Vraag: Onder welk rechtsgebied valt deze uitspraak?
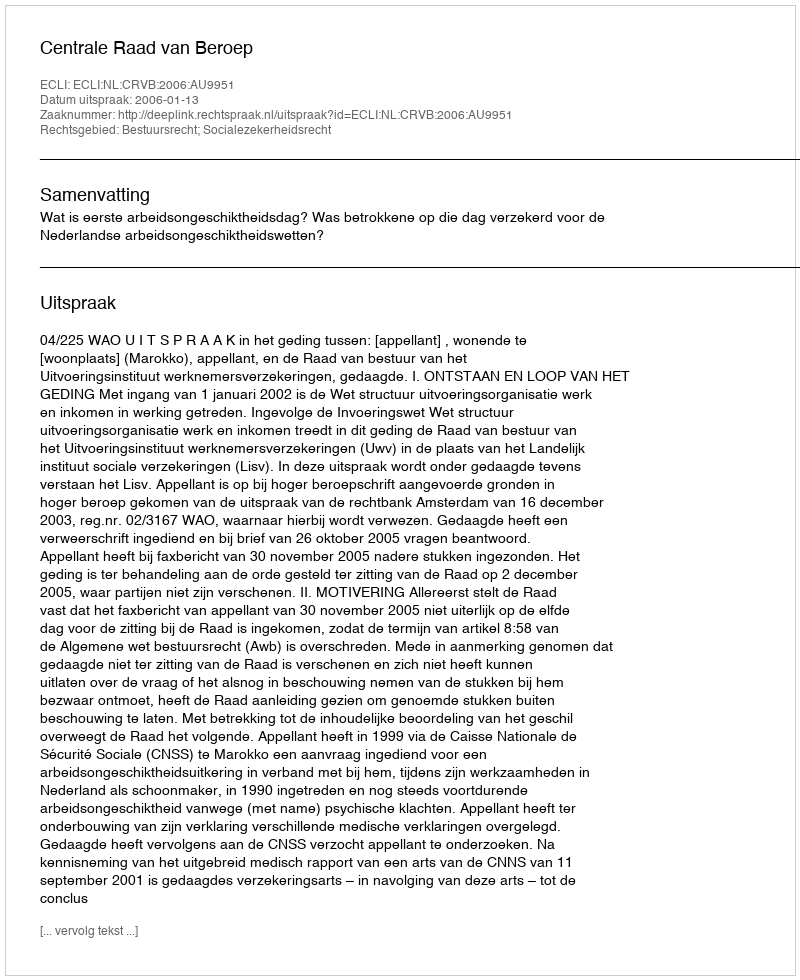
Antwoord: Bestuursrecht; Socialezekerheidsrecht